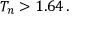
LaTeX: T _ { n } > 1 . 6 4 \, .